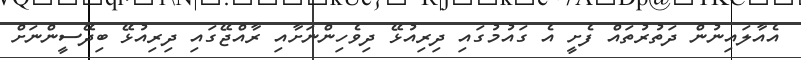
އެއާލައިނުން ދަތުރުތައް ފެށީ އެ ގައުމުގައި ދިރިއުޅޭ ދިވެހިންނަށާއި ރާއްޖޭގައި ދިރިއުޅޭ ބިދޭސީންނަށް